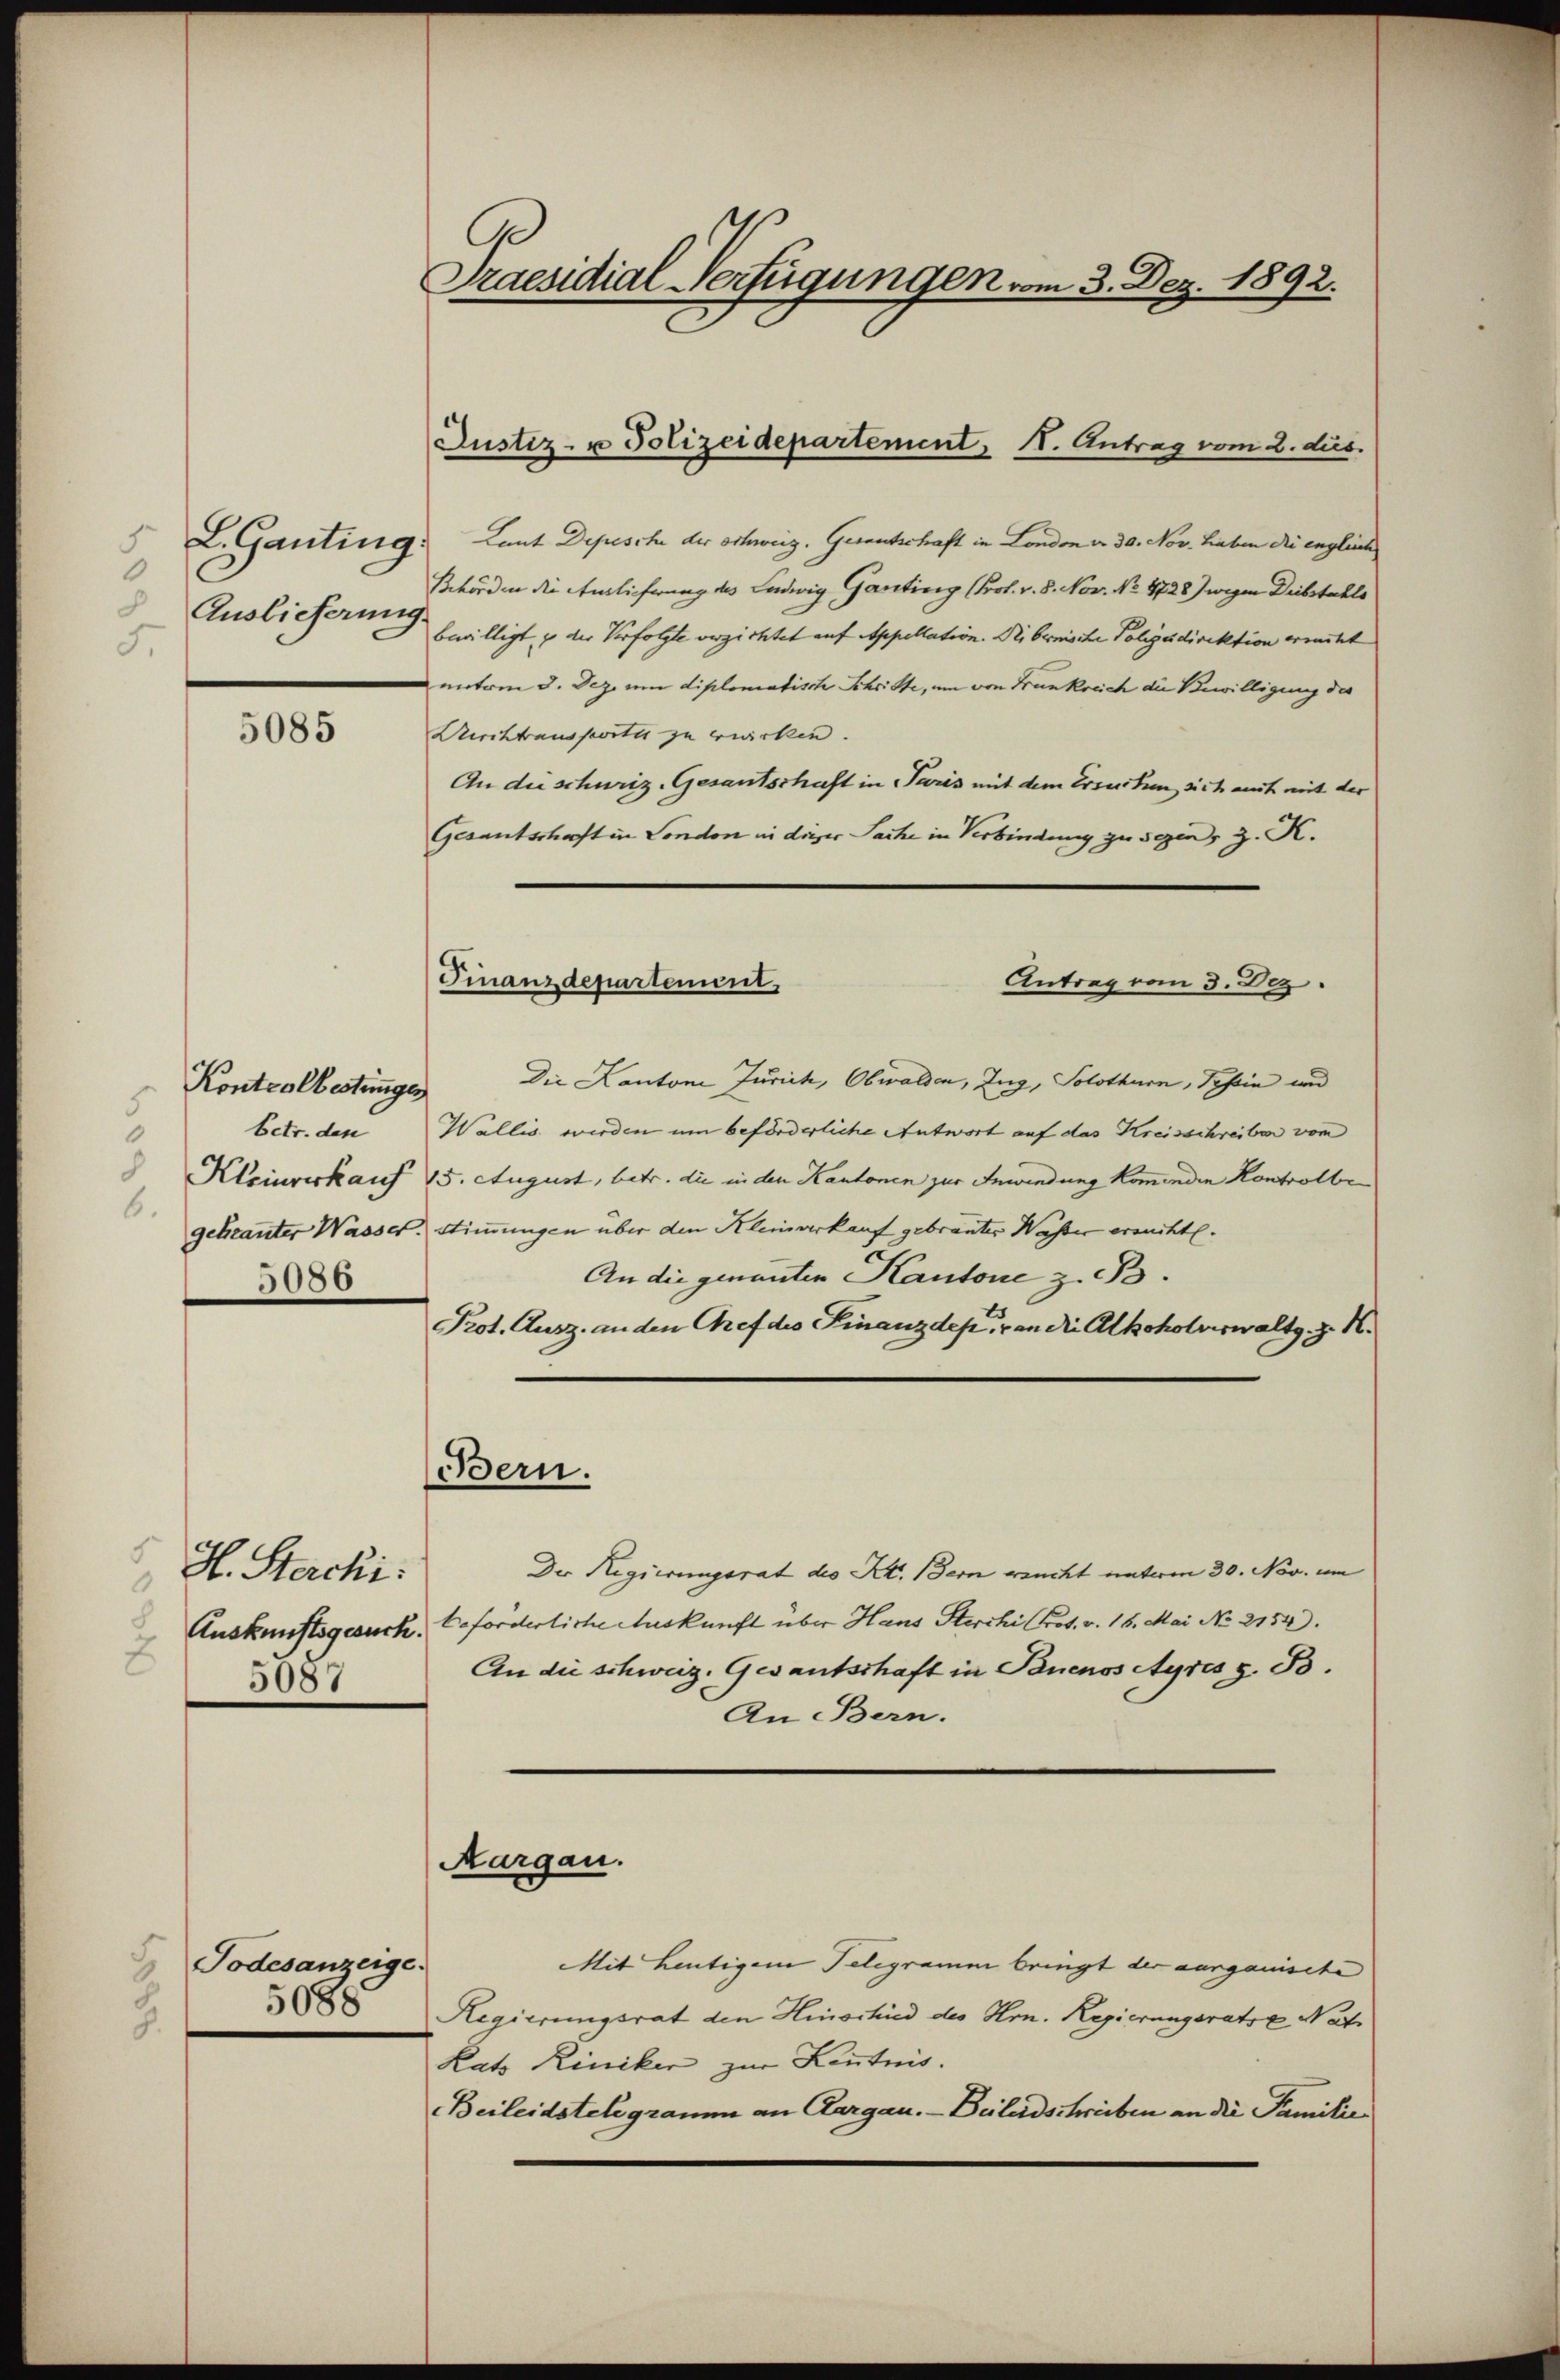
.
Auslieferung.
.

5085

Kontrolbestungen
5.
.
6.
5086

H. Sterchi:
.
5087

Todesanzeige.
5088
2

Praesidial-Verfügungen vom 3. Dez. 1892.

L. Ganting. Laut Depesche der Schweiz. Gerantschaft in London d. 30. Nov. Lieben die englich
Behörden die Auslieferung des Ludwig Ganting (Prol. v. 8. Nov. No. 1728 wegen Diebstahls
bewilligt u der Verfolgte verzichtet auf Appellation. Die bernische Polizeidirektion ermitt
mnterm 3. Dez. um diplomatisch Schritte, um von Frankreich die Bewilligung des
Anchtaussworte zu erwirken.
An die schuriz. Gesantschaft in Paris mit dem Ersuchen sich auch mit der
Gesantschaft in London an dieser Sache in Verbindung zu sein, z. K.

Die Kantone Jurich, Obwalden, Zug, Solothurn, Tessin und
betr. den Wallis werden um beförderliche Antwort auf das Kreisschreiben vom
 Kleinverkauf 15. August, betr. die in den Kantonen zur Anwendung komenden Kontrolbe
geticanter Wasser. Stimmungen über den Kleinverkauf gebranter Wasser ersuchte.
An die genannten Kantone z. B.
Prot. Ausz. an den Gref des Finanzdep. an die Alkoholvowaltg z. B.
Der Regierungsrat des Kt. Bern aucht unterm 30. Nov. um
Auskunftsgesuch, beforderliche Auskunft über Hans Sterchi Prot. v. 16. Mai No 2154).
An die schweiz. Gesantschaft in Buenos Ayres z. B.
An Bern.
Aargau.
Mit heutigem Telegramm bringt der aarganische
Regierungsrat den Hinschied des Hrn. Regierungsrats Nat
Rats Riniker zur Kenntnis.
Beileidstelegramm an Aargau. Beilandschreiben an die Familie

Justiz- u Polizeidepartement, 11. Antrag vom 2. dies

Antrag vom 3. Dez.
Finanzdepartement,

Bern.